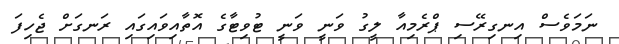
ނަމަވެސް އިނގިރޭސި ޕްރެމިއާ ލީގު ވަނީ ވަނީ ޓުވިޓާގެ އޮތާއިވައިގައި ރަނގަށް ޖެހިފަ